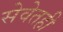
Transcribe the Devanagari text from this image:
सेवेतही